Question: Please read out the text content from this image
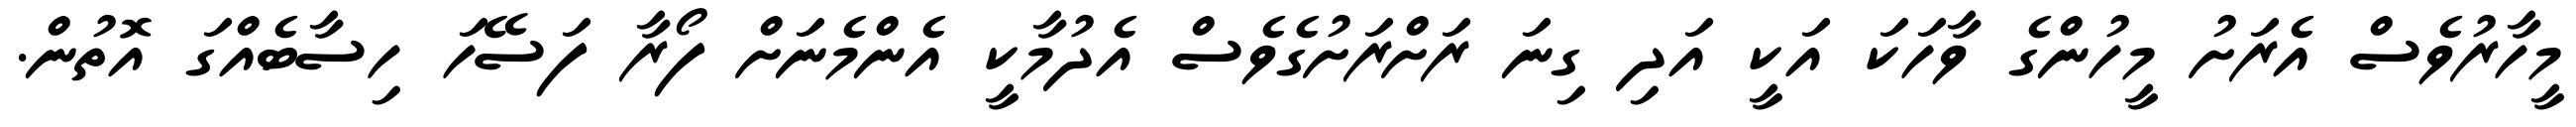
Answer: މީހާރުވެސް އެރަށު މީހުންގެ ވާހަކަ އަކީ އަދި ގިނަ ރަށްރަށުގެވެސް އެދުމާކީ އެންމެނަށް ފޯރާ ފަސޭހަ ހިސާބެއްގަ އޮތުން.